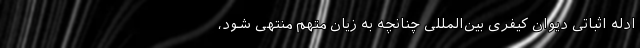
ادله اثباتی دیوان کیفری بین‌المللی چنانچه به زیان متهم منتهی شود،